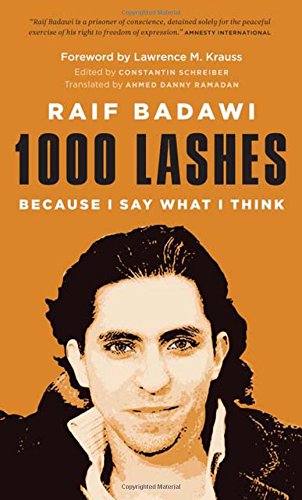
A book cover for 1000 Lashes: Because I Say What I Think; Raif Badawi; Law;